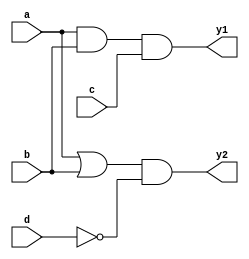
module combinational_logic (
    input wire a,
    input wire b,
    input wire c,
    input wire d,
    output reg y1,
    output reg y2
);

always @(*) begin
    // Example logic for output y1: AND operation on inputs a, b, and c
    y1 = a & b & c;

    // Example logic for output y2: OR operation with negation of input d
    y2 = (a | b) & ~d;
end

endmodule